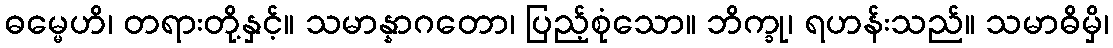
ဓမ္မေဟိ၊ တရားတို့နှင့်။ သမာန္နာဂတော၊ ပြည့်စုံသော။ ဘိက္ခု၊ ရဟန်းသည်။ သမာဓိမှိ၊